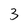
Character: 3